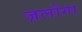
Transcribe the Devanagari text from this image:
ज़लोगा